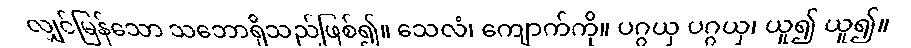
လျှင်မြန်သော သဘောရှိသည်ဖြစ်၍။ သေလံ၊ ကျောက်ကို။ ပဂ္ဂယှ ပဂ္ဂယှ၊ ယူ၍ ယူ၍။